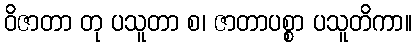
ဝိဇာတာ တု ပသူတာ စ၊ ဇာတာပစ္စာ ပသူတိကာ။